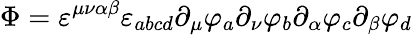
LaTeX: \Phi=\varepsilon^{\mu\nu\alpha\beta}\varepsilon_{abcd}\partial_{\mu}\varphi_{a}\partial_{\nu}\varphi_{b}\partial_{\alpha}\varphi_{c}\partial_{\beta}\varphi_{d}